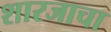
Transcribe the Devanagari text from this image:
शारजाचा